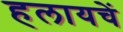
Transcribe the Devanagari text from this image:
हलायचें